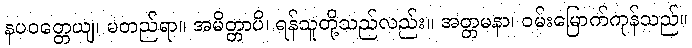
နပဝတ္တေယျ၊ မတည်ရာ။ အမိတ္တာပိ၊ ရန်သူတို့သည်လည်း။ အတ္တမနာ၊ ဝမ်းမြောက်ကုန်သည်။